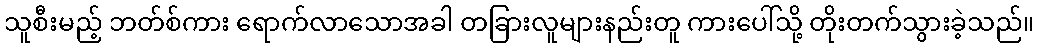
သူစီးမည့် ဘတ်စ်ကား ရောက်လာသောအခါ တခြားလူများနည်းတူ ကားပေါ်သို့ တိုးတက်သွားခဲ့သည်။